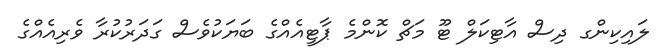
ލައިކިންގ ދިސް އާޓިކަލް ޓޫ މަޗް ކޮންމެ ޕާޓީއެއްގެ ބަޔަކުވެސް ގަދަރުކުރާ ވެރިއެއްގެ